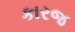
કારજ